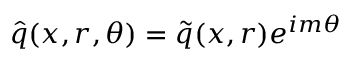
\hat { q } ( x , r , \theta ) = \tilde { q } ( x , r ) e ^ { i m \theta }